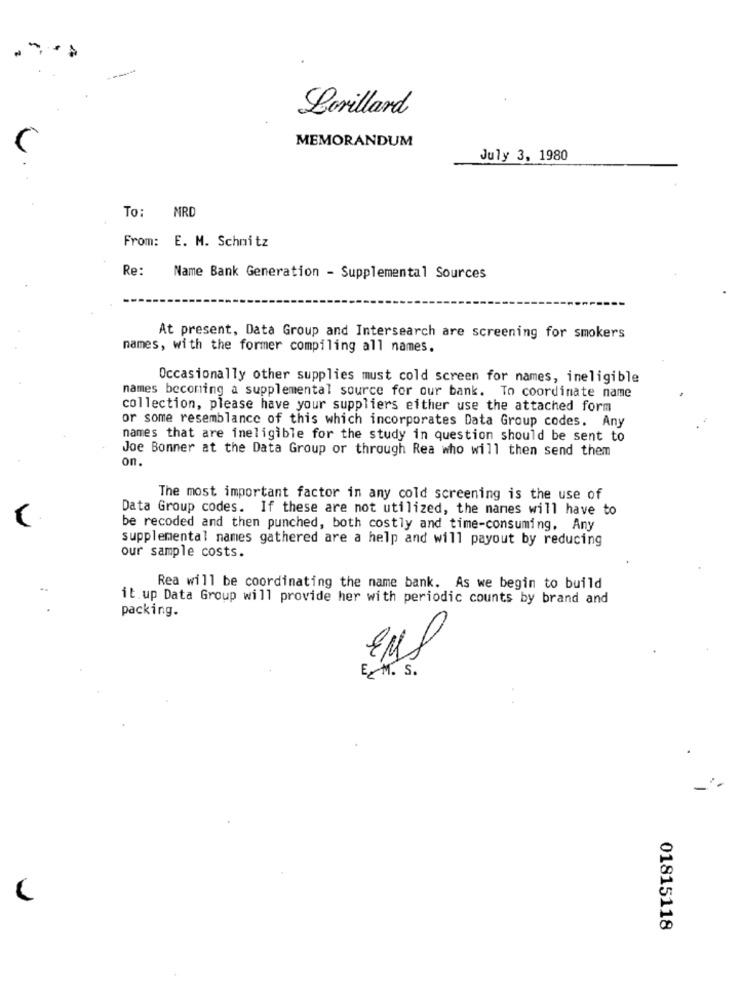
Lorillard
MEMORANDUM
July 3, 1980
To: MRD
From: E. M. Schnitz
Re:
Name Bank Generation - Supplemental Sources
At present, Data Group and Intersearch are screening for smokers
names, with the former compiling all names.
Occasionally other supplies must cold screen for names, ineligible
names becoming a supplemental source for our bank. To coordinate name
collection, please have your suppliers either use the attached form
or some resemblance of this which incorporates Data Group codes. Any
names that are ineligible for the study in question should be sent to
Joe Bonner at the Data Group or through Rea who will then send them
on.
The most important factor in any cold screening is the use of
Data Group codes. If these are not utilized, the names will have to
be recoded and then punched, both costly and time-consuming. Any
supplemental names gathered are a help and will payout by reducing
our sample costs.
Rea will be coordinating the name bank. As we begin to build
it.up Data Group will provide her with periodic counts by brand and
packing.
E. M. S.
01815118